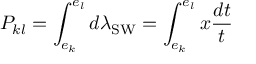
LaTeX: { \cal P } _ { k l } = \int _ { e _ { k } } ^ { e _ { l } } d \lambda _ { \mathrm { S W } } = \int _ { e _ { k } } ^ { e _ { l } } x \frac { d t } { t }